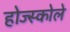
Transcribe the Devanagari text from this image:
होज्स्कोले